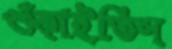
শুঁকাইতিস